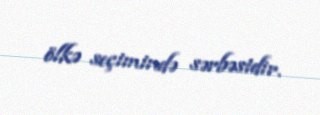
ölkə seçimində sərbəstdir.